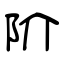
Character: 阶